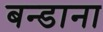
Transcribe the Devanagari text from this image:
बन्डाना